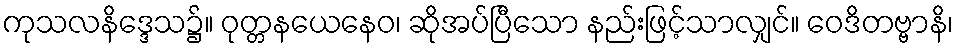
ကုသလနိဒ္ဒေသ၌။ ဝုတ္တနယေနေဝ၊ ဆိုအပ်ပြီသော နည်းဖြင့်သာလျှင်။ ဝေဒိတဗ္ဗာနိ၊